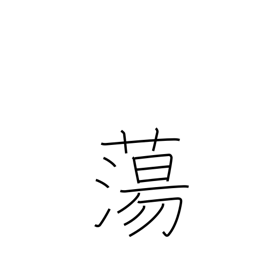
Meaning: melt